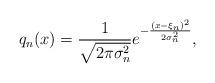
LaTeX: \begin{align*}q_{n}(x)=\frac{1}{\sqrt{2\pi\sigma_{n}^{2}}}e^{-\frac{(x-\xi_{n})^2}{2\sigma_{n}^{2}}},\end{align*}